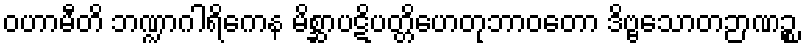
ဝဟာမီတိ ဘဏ္ဍာဂါရိကေန မိစ္ဆာပဋိပတ္တိဟေတုဘာဝတော ဒိဗ္ဗသောတဉာဏဉ္စ